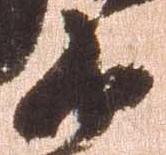
衛